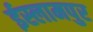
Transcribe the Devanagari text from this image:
ईस्लामपुर